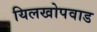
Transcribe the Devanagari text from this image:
यिलखोपवाड